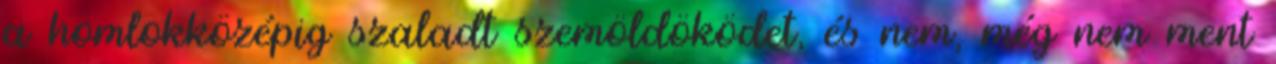
a homlokközépig szaladt szemöldöködet, és nem, még nem ment